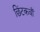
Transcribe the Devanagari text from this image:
छिंटकवाँ